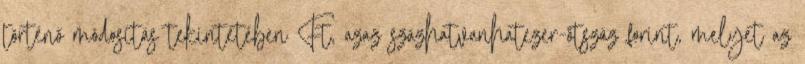
történő módosítás tekintetében Ft, azaz százhatvanhatezer-ötszáz forint, melyet az